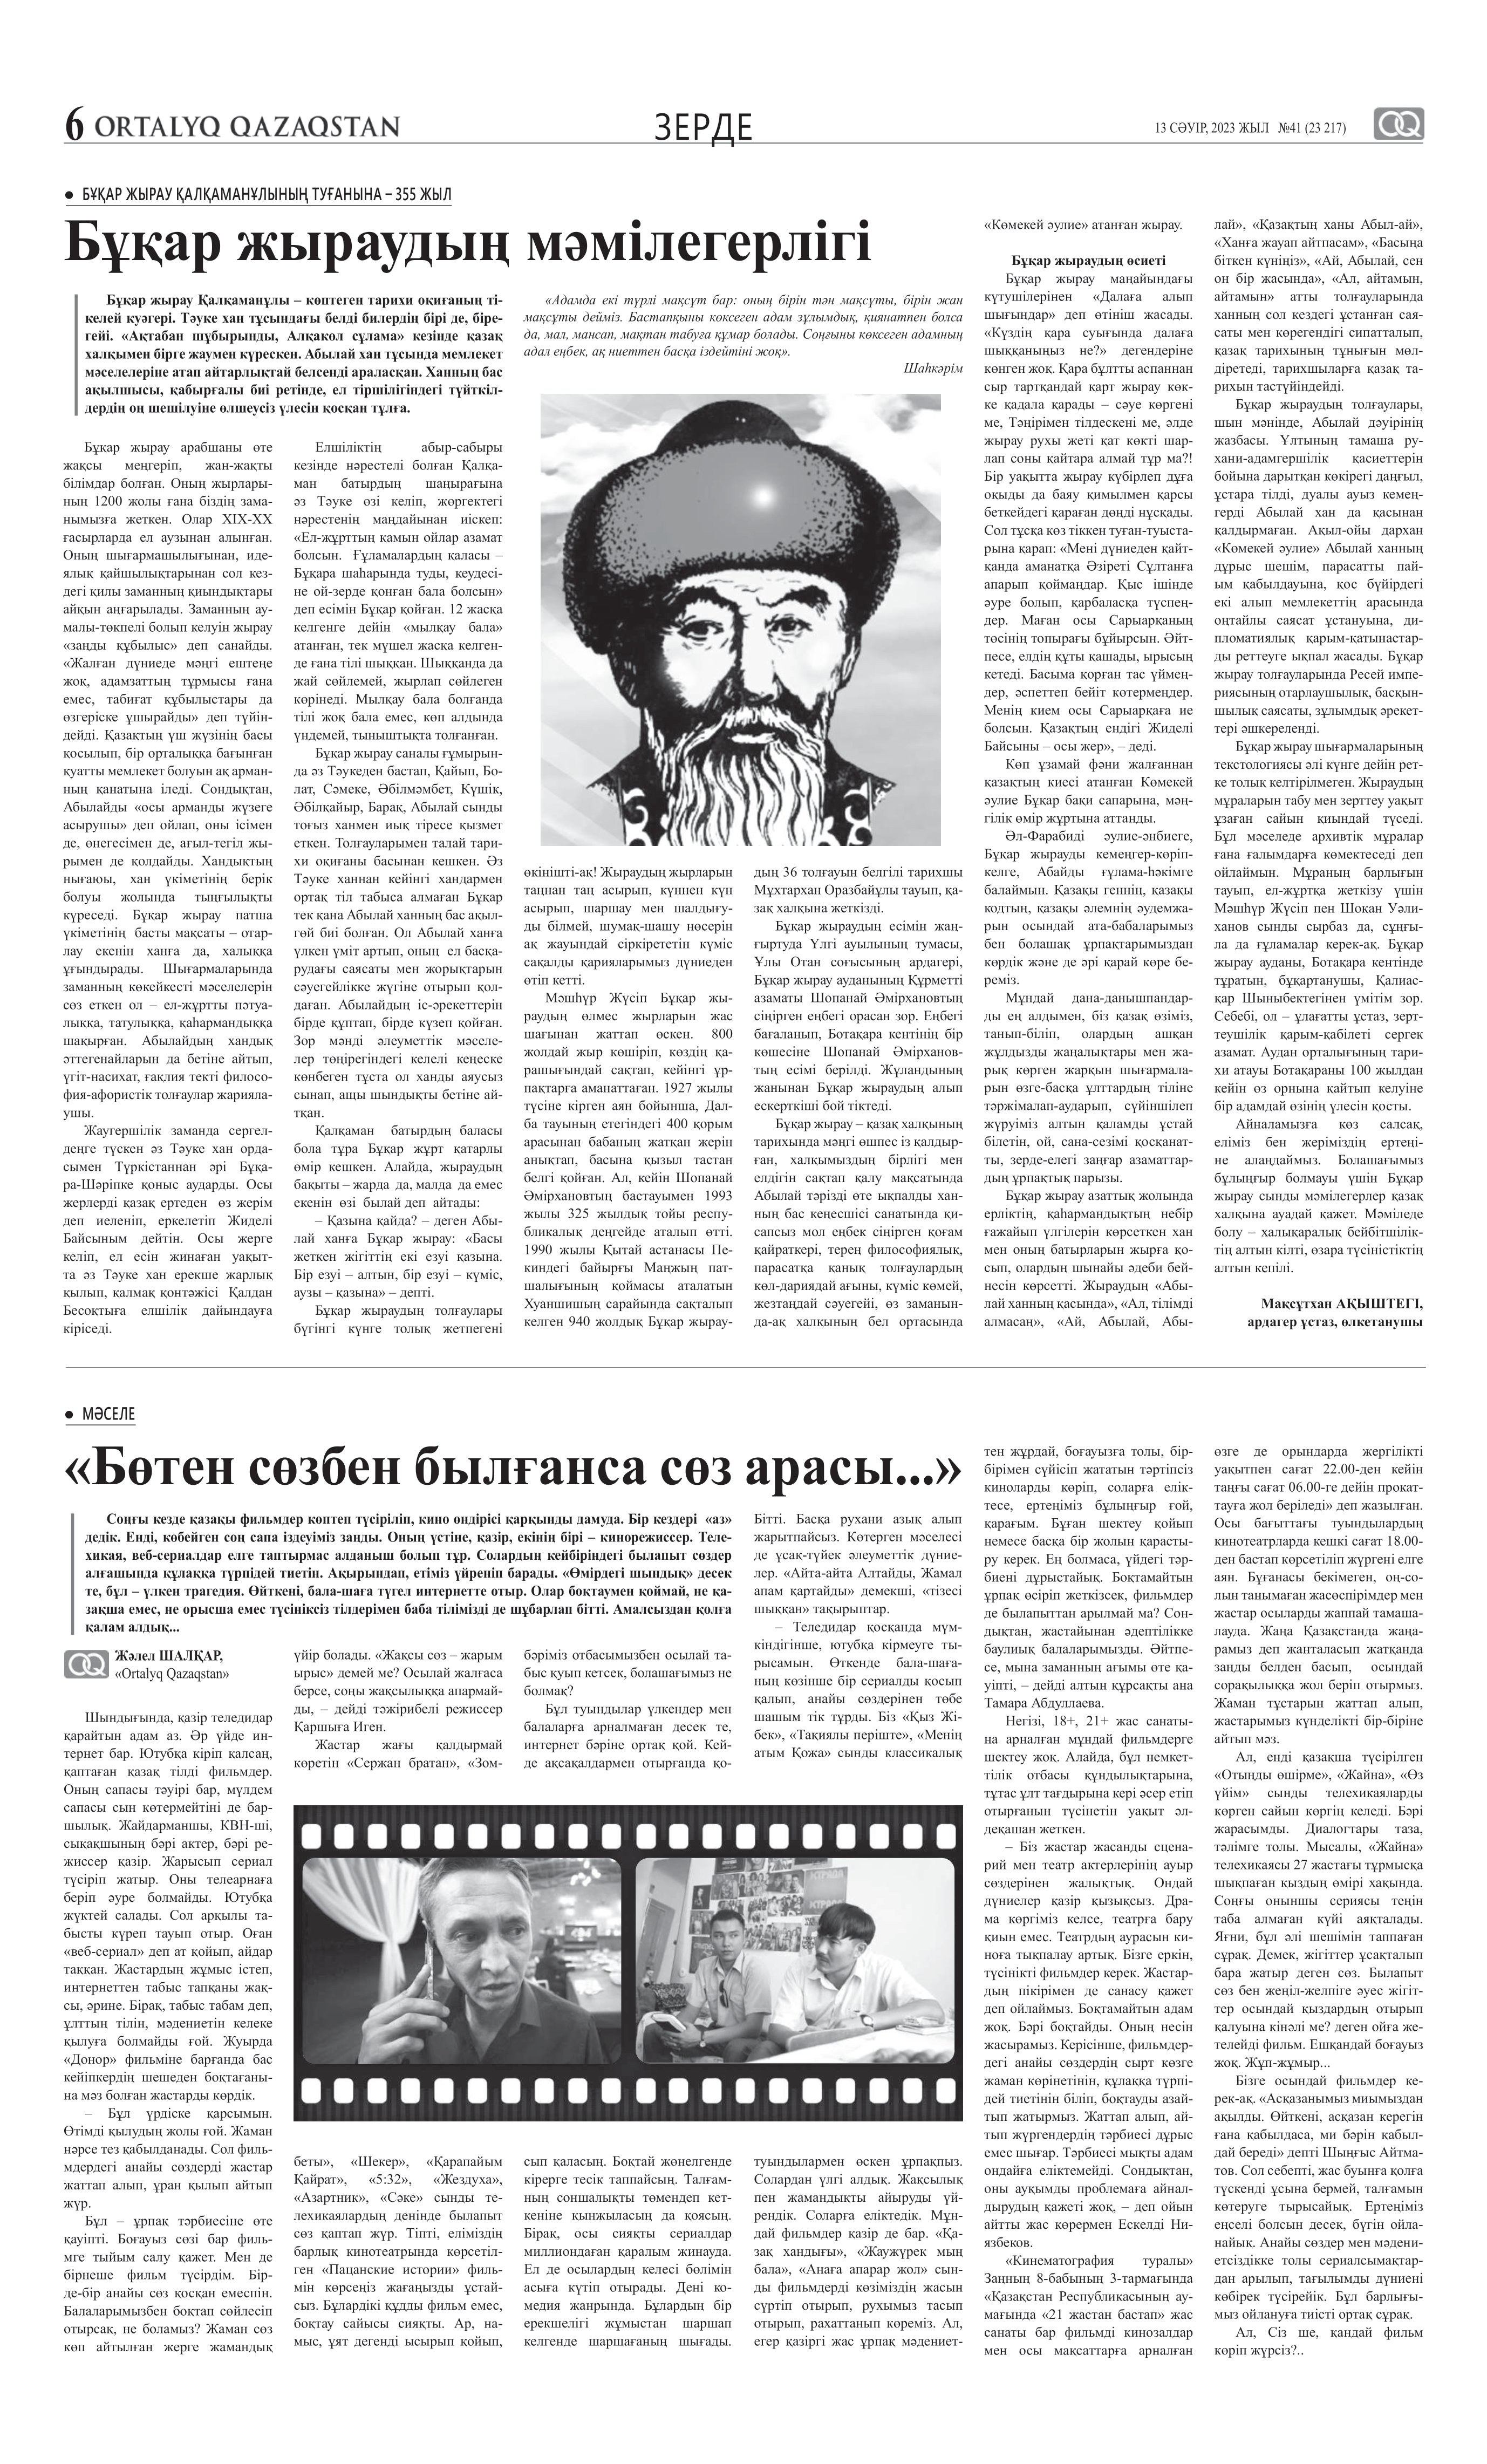
Language: kk